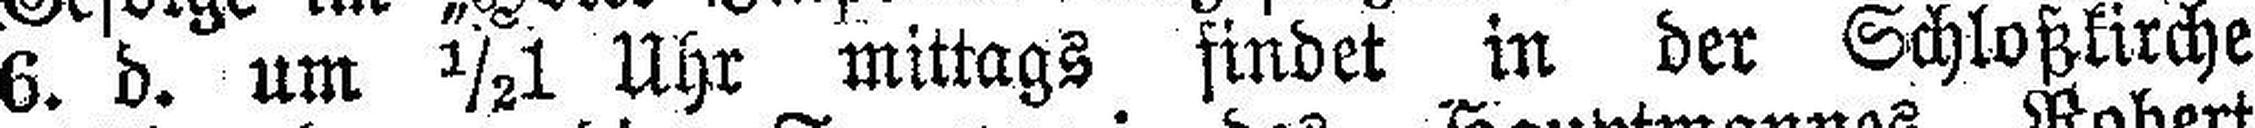
6. d. um ½1 Uhr mittags findet in der Schloßkirche